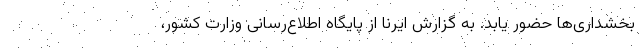
بخشداری‌ها حضور یابد. به گزارش ایرنا از پایگاه اطلاع‌رسانی وزارت کشور،